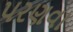
પરણવા